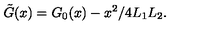
\tilde { G } ( x ) = G _ { 0 } ( x ) - x ^ { 2 } / 4 L _ { 1 } L _ { 2 } .